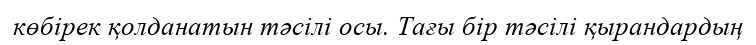
көбірек қолданатын тәсілі осы. Тағы бір тәсілі қырандардың